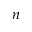
n